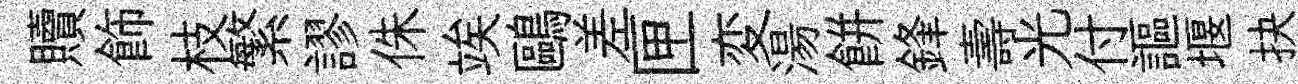
贖飾枝繁謬侏竢鷗差匣変湯餅鋒壽光付謳堰抉